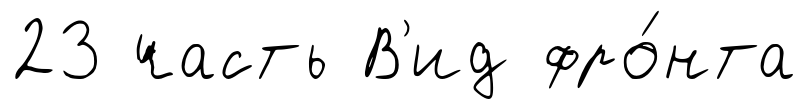
23 часть В'ид фро́нта